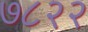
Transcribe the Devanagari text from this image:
७८२२